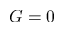
G = 0